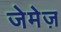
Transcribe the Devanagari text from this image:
जेमेज़